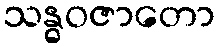
သန္ဓဝဇာတော